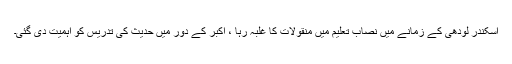
اسکندر لودھی کے زمانے میں نصاب تعلیم میں منقولات کا غلبہ رہا ، اکبر کے دور میں حدیث کی تدریس کو اہمیت دی گئی۔